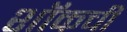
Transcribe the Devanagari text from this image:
शॉकची